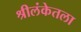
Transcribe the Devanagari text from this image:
श्रीलंकेतला